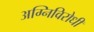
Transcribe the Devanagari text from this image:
अग्निविरोधी